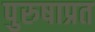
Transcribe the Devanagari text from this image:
पुरुषाप्रत